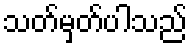
သတ်မှတ်ပါသည်